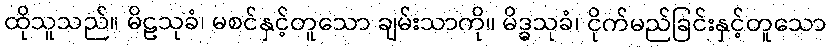
ထိုသူသည်။ မိဠသုခံ၊ မစင်နှင့်တူသော ချမ်းသာကို။ မိဒ္ဓသုခံ၊ ငိုက်မည်ခြင်းနှင့်တူသော